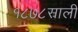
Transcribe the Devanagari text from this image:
१८७८साली